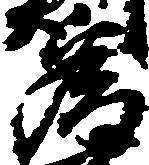
為